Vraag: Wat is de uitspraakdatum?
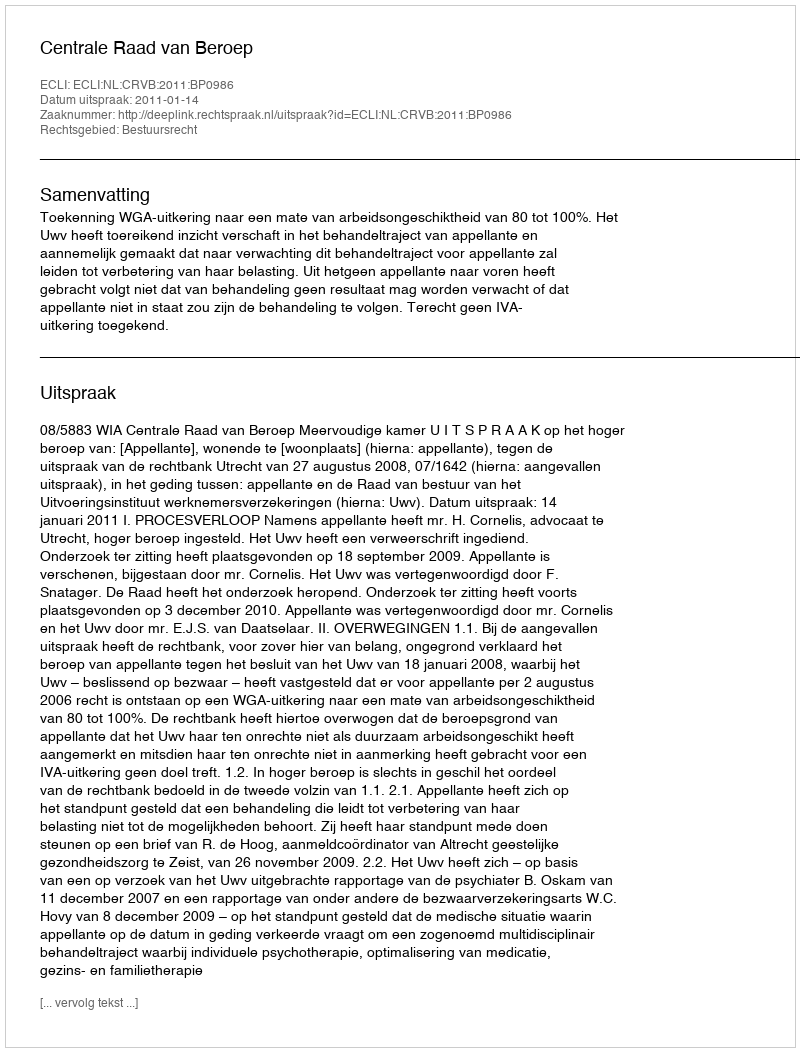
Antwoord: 2011-01-14